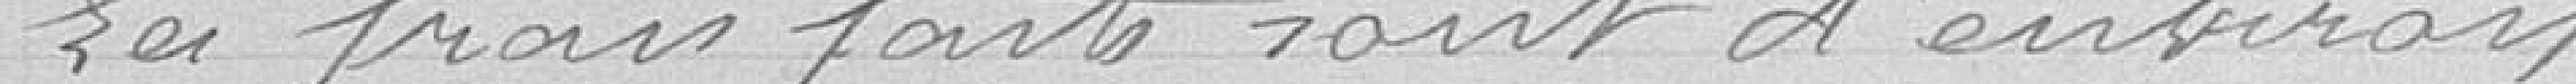
Les frais faits sont d'environ